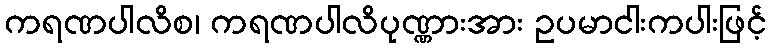
ကရဏပါလိစ၊ ကရဏပါလိပုဏ္ဏားအား ဥပမာငါးကပါးဖြင့်